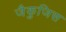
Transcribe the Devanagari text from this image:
जैकुजिस